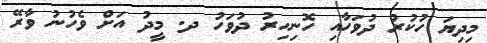
މިދިޔަ ހުކުރު ދުވަހާއި ހޮނިހިރު ދުވަހު ދ. މީދު އަށް ވެހުނު ވާރޭ